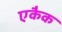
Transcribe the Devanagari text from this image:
एकैक